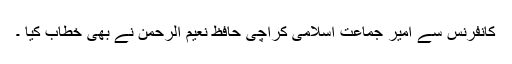
کانفرنس سے امیر جماعت اسلامی کراچی حافظ نعیم الرحمن نے بھی خطاب کیا ۔